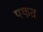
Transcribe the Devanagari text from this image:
पकत